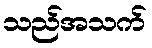
သည်အသက်